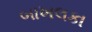
બાખલકા